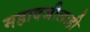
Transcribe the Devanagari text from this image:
महादजीलाही